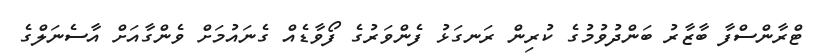
ޓްރާންސްފާ ބާޒާރު ބަންދުވުމުގެ ކުރިން ރަނގަޅު ފެންވަރުގެ ފޯވާޑެއް ގެނައުމަށް ވެންގާއަށް އާސެނަލްގެ